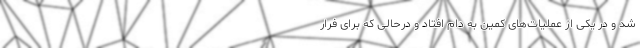
شد و در یکی از عملیات‌های کمین به دام افتاد و درحالی که برای فرار